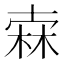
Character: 𣓼